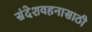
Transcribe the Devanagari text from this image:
संदेशवहनासाठी